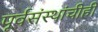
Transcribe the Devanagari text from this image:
पूर्वसंस्थांचीही